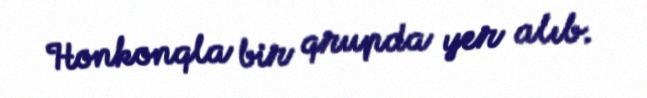
Honkonqla bir qrupda yer alıb.